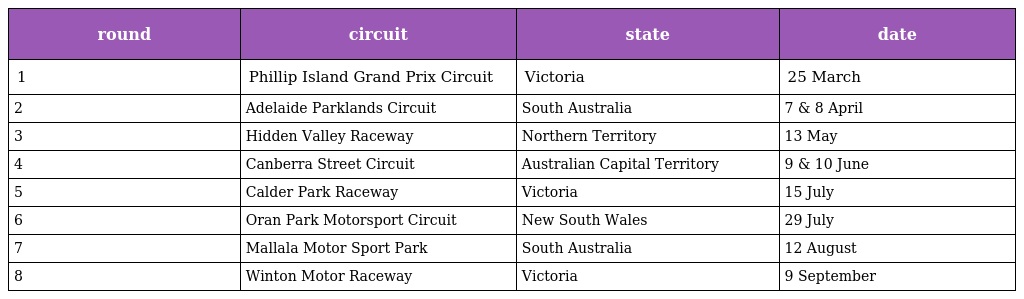
| round | circuit | state | date |
 | --- | --- | --- | --- |
 | 1 | Phillip Island Grand Prix Circuit | Victoria | 25 March |
 | 2 | Adelaide Parklands Circuit | South Australia | 7 & 8 April |
 | 3 | Hidden Valley Raceway | Northern Territory | 13 May |
 | 4 | Canberra Street Circuit | Australian Capital Territory | 9 & 10 June |
 | 5 | Calder Park Raceway | Victoria | 15 July |
 | 6 | Oran Park Motorsport Circuit | New South Wales | 29 July |
 | 7 | Mallala Motor Sport Park | South Australia | 12 August |
 | 8 | Winton Motor Raceway | Victoria | 9 September |